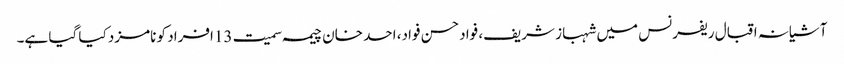
آشیانہ اقبال ریفرنس میں شہباز شریف، فواد حسن فواد، احد خان چیمہ سمیت 13افراد کو نامزد کیا گیا ہے۔